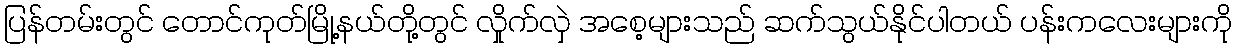
ပြန်တမ်းတွင် တောင်ကုတ်မြို့နယ်တို့တွင် လှိုက်လှဲ အစေ့များသည် ဆက်သွယ်နိုင်ပါတယ် ပန်းကလေးများကို